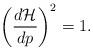
LaTeX: \begin{align*}\left( \frac{d{\cal H}}{dp}\right) ^2=1. \end{align*}